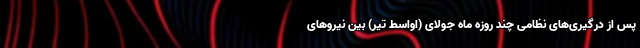
پس از درگیری‌های نظامی چند روزه ماه جولای (اواسط تیر) بین نیروهای